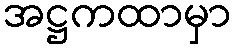
အဋ္ဌကထာမှာ